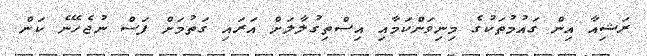
ރަޝިއާ އިން ގައުމުތަކުގެ މިނިވަންކަމާއި އިސްތިގުލާލަށް އަރައި ގަތުމަށް ފަސް ނުޖެހޭނެ ކަން